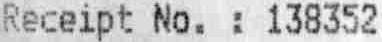
RECEIPT NO. : 138352